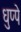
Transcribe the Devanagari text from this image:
धुप्पे